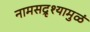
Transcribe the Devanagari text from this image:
नामसद्रृश्यामुळं